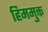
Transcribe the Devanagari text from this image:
हिममुक्त